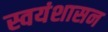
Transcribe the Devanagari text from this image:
स्वयंशासन